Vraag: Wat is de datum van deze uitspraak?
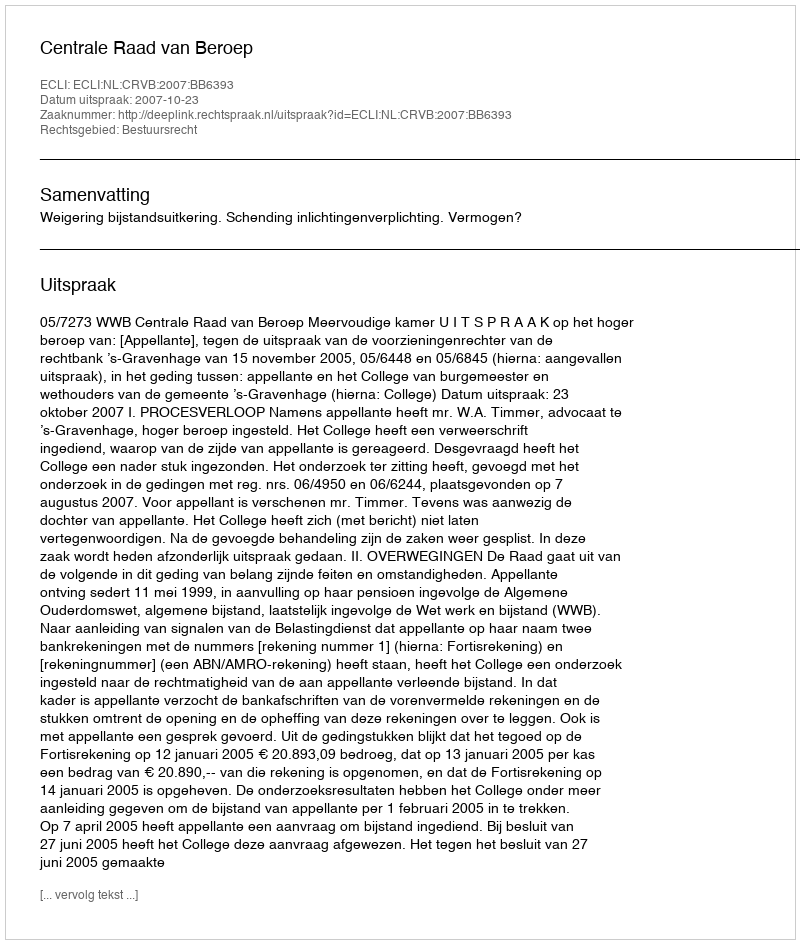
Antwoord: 2007-10-23